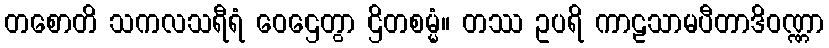
တစောတိ သကလသရီရံ ဝေဌေတွာ ဌိတစမ္မံ။ တဿ ဥပရိ ကာဠသာမပီတာဒိဝဏ္ဏာ